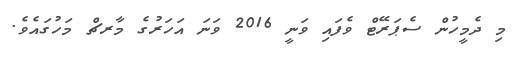
މި ދެމީހުން ސެޕަރޭޓް ވެފައި ވަނީ 2016 ވަނަ އަހަރުގެ މާރޗް މަހުގައެވެ.